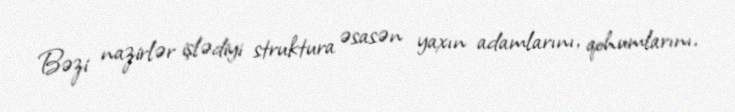
Bəzi nazirlər işlədiyi struktura əsasən yaxın adamlarını, qohumlarını,